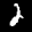
Label: 2